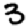
Digit: 3